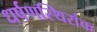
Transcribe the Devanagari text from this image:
धर्षणस्थिरांक